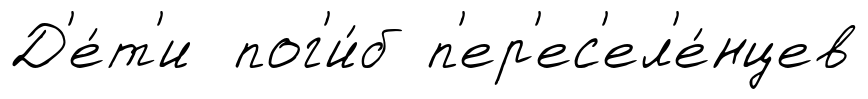
Д'е́т'и пог'и́б п'ер'ес'ел'е́нцев